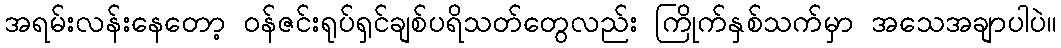
အရမ်းလန်းနေတော့ ဝန်ဇင်းရုပ်ရှင်ချစ်ပရိသတ်တွေလည်း ကြိုက်နှစ်သက်မှာ အသေအချာပါပဲ။